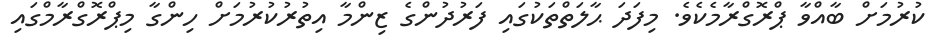
ކުރުމަށް ބާއްވާ ޕްރޮގްރާމެކެވެ. މިފަދަ ޙާލަތްތަކުގައި ފަރުދުންގެ ޒިންމާ އިތުރުކުރުމަށް ހިންގާ މިޕްރޮގްރާމްގައި